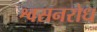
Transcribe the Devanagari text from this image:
श्वसनरोध